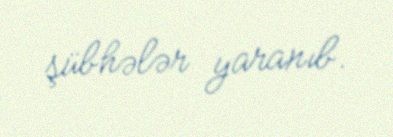
şübhələr yaranıb.